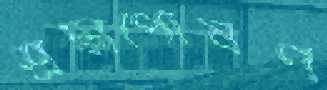
শ্রদ্ধাপোষণ